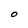
Character: O